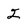
Character: 2